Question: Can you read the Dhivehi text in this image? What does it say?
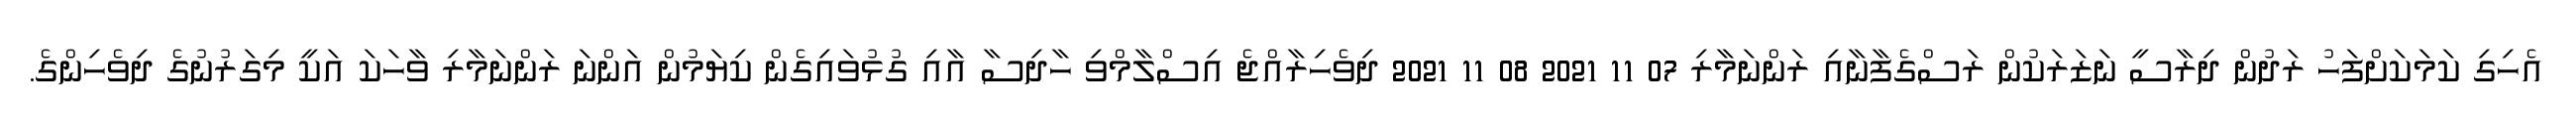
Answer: އެހިގި ކަމަކަށްފަހު ރަދުން ދިރާސީ ނަޒަރަކުން ރަސްގެފާނާއި ރަންނަމާރި 07 11 2021 08 11 2021 ދިވެހިރާއްޖެ އިސްލާމްވި ހާދިސާ އާއި ގުޅުވައިގެން ކިޔަމުން އަންނަ ރަންނަމާރި ވާހަކަ އަކީ މިގަރުނުގެ ދިވެހިންގެ.